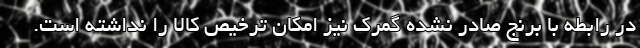
در رابطه با برنج صادر نشده گمرک نیز امکان ترخیص کالا را نداشته است.